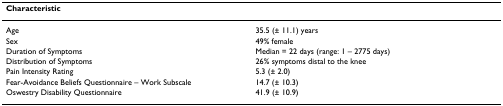
<table><thead><tr><td><b>Characteristic</b></td><td></td></tr></thead><tbody><tr><td>Age</td><td>35.5 (± 11.1) years</td></tr><tr><td>Sex</td><td>49% female</td></tr><tr><td>Duration of Symptoms</td><td>Median = 22 days (range: 1 – 2775 days)</td></tr><tr><td>Distribution of Symptoms</td><td>26% symptoms distal to the knee</td></tr><tr><td>Pain Intensity Rating</td><td>5.3 (± 2.0)</td></tr><tr><td>Fear-Avoidance Beliefs Questionnaire – Work Subscale</td><td>14.7 (± 10.3)</td></tr><tr><td>Oswestry Disability Questionnaire</td><td>41.9 (± 10.9)</td></tr></tbody></table>